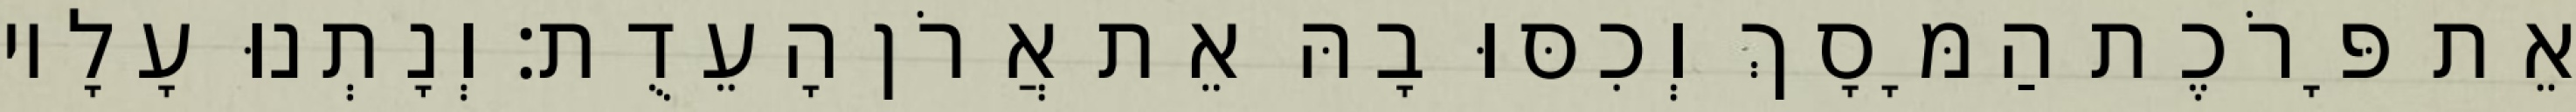
אֵת פָּרֹכֶת הַמָּסָךְ וְכִסּוּ בָהּ אֵת אֲרֹן הָעֵדֻת׃ וְנָתְנוּ עָלָיו